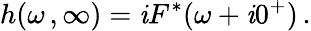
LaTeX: h(\omega\, ,\infty)=\mathit{i}F^{*}(\omega+\mathit{i}0^{+})\, .